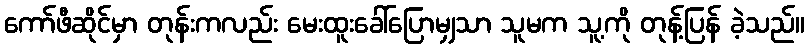
ကော်ဖီဆိုင်မှာ တုန်းကလည်း မေးထူးခေါ်ပြောမျှသာ သူမက သူ့ကို တုန့်ပြန် ခဲ့သည်။